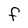
Character: F